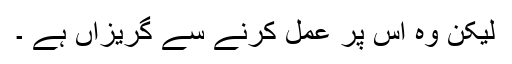
لیکن وہ اس پر عمل کرنے سے گریزاں ہے ۔